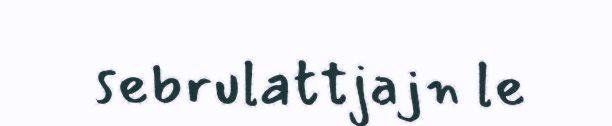
sebrulattjajn le